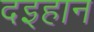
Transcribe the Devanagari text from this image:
दइहान